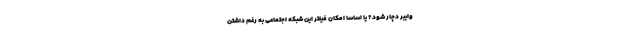
وایبر دچار شود؟ یا اساسا امکان فیلتر این شبکه اجتماعی به رغم داشتن